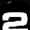
Digit: 2